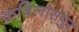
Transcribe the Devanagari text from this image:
कबिलासपुर